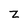
Character: Z